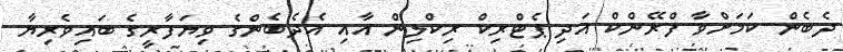
ދެބެން ކަމަށްވާ ފްރޭންކް އަދި ޕެޓްރިކް ރިކްލިން އާއި އެދެބެންގެ ވިޔަފާރީގެ ބައިވެރިޔާ